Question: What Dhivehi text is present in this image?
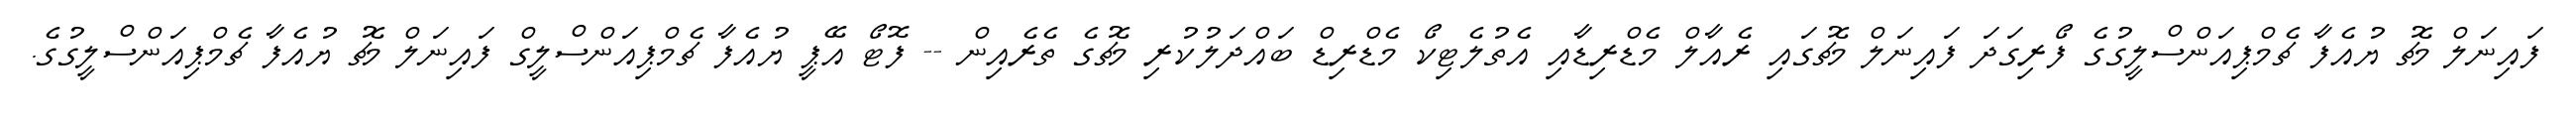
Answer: ފައިނަލް މެޗު ޔުއެފާ ޗެމްޕިއަންސްލީގުގެ ފޯރިގަދަ ފައިނަލް މެޗުގައި ރެއާލް މެޑްރިޑާއި އެތުލެޓިކޯ މެޑްރިޑް ބައްދަލުކުރި މެޗުގެ ތެރެއިން -- ފޮޓޯ އޭޕީ ޔުއެފާ ޗެމްޕިއަންސްލީގް ފައިނަލް މެޗު ޔުއެފާ ޗެމްޕިއަންސްލީގުގެ.